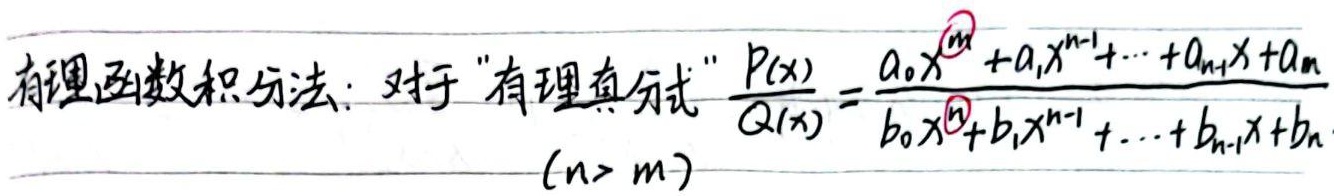
有理函数积分法：对于“有理真分式”\(\frac{P(x)}{Q(x)}=\frac{a_{0}x^{m}+a_{1}x^{m - 1}+\cdots+a_{m - 1}x + a_{m}}{b_{0}x^{n}+b_{1}x^{n - 1}+\cdots+b_{n - 1}x + b_{n}}\) \((n>m)\)